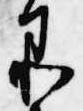
品